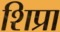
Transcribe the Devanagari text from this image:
शिप्रा